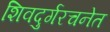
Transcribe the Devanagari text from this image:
शिवदुर्गरचनेत